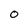
Character: O